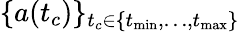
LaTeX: \{ a(t_{c})\} _{t_{c}\in\{ t_{\operatorname*{min}},\dots,t_{\operatorname*{max}}\} }